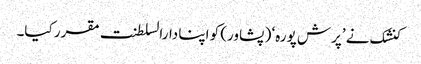
کنشک نے ’پرش پورہ‘ ( پشاور) کو اپنا دارالسلطنت مقرر کیا۔